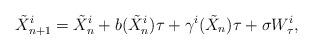
LaTeX: \begin{align*}\tilde X_{n+1}^i = \tilde X_n^i + b(\tilde X_n^i)\tau + \gamma^i(\tilde X_n)\tau + \sigma W_\tau^i,\end{align*}